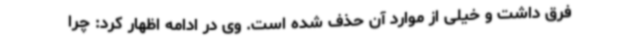
فرق داشت و خیلی از موارد آن حذف شده است. وی در ادامه اظهار کرد: چرا